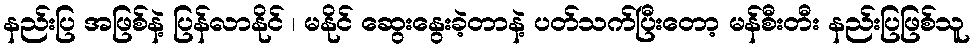
နည်းပြ အဖြစ်နဲ့ ပြန်လာနိုင် ၊ မနိုင် ဆွေးနွေးခဲ့တာနဲ့ ပတ်သက်ပြီးတော့ မန်စီးတီး နည်းပြဖြစ်သူ